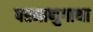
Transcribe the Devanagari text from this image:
परमाणुगाथा